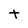
Character: t